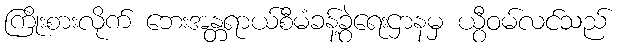
ကြိုးစားလိုက် ဘေးအန္တရာယ်စီမံခန့်ခွဲရေးဌာနမှ ယွီဝမ်လင်သည်